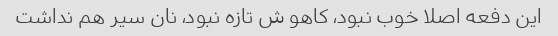
این دفعه اصلا خوب نبود، کاهو ش تازه نبود، نان سیر هم نداشت